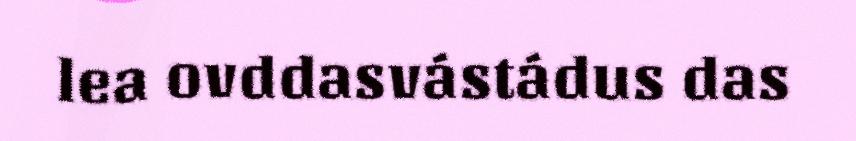
lea ovddasvástádus das